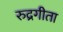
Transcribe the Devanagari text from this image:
रुद्रगीता